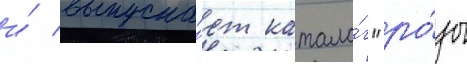
и́ выпуска́ет катало́г "ро́зы